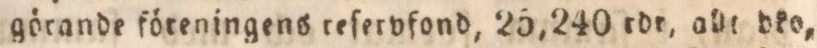
görande föreningens reſervfond, 25,240 rdr, allt bko,